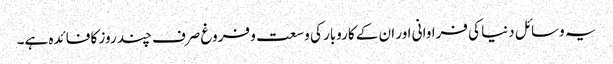
یہ وسائل دنیا کی فراوانی اور ان کے کاروبار کی وسعت و فروغ صرف چند روز کا فائدہ ہے۔